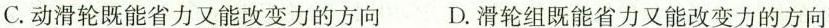
C.动滑轮既能省力又能改变力的方向 D.滑轮组既能省力又能改变力的方向